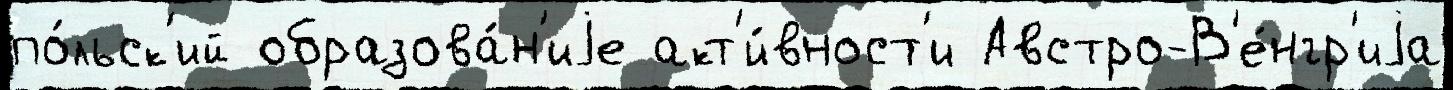
по́льск'ий образова́н'иjе акт'и́вност'и Австро-В'е́нгр'иjа